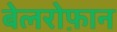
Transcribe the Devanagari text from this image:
बेलरोफ़ान